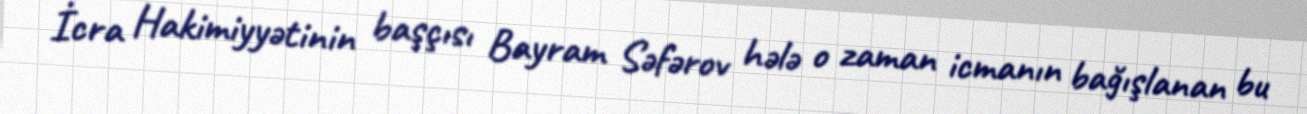
İcra Hakimiyyətinin başçısı Bayram Səfərov hələ o zaman icmanın bağışlanan bu